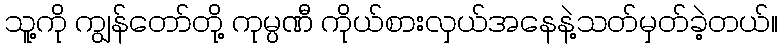
သူ့ကို ကျွန်တော်တို့ ကုမ္ပဏီ ကိုယ်စားလှယ်အနေနဲ့သတ်မှတ်ခဲ့တယ်။